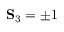
\mathbf { S } _ { 3 } = \pm 1